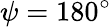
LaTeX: \psi=180^{\circ}